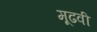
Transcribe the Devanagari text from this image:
मूढवी